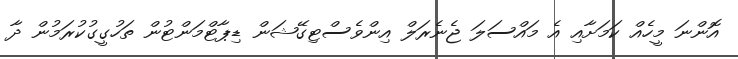
އޮންނަ މީހެއް ކަމަށާއި އެ މައްސަލަ ޖެނެރަލް އިންވެސްޓިގޭޝަން ޑިޕާޓްމަންޓުން ތަހުގީގުކުރަމުން ދާ